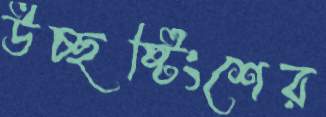
উচ্ছষ্টিংশের